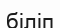
біліп